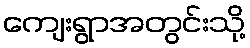
ကျေးရွာအတွင်းသို့